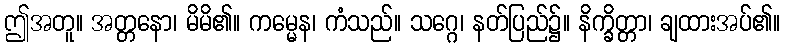
ဤအတူ။ အတ္တနော၊ မိမိ၏။ ကမ္မေန၊ ကံသည်။ သဂ္ဂေ၊ နတ်ပြည်၌။ နိက္ခိတ္တာ၊ ချထားအပ်၏။